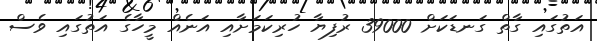
އަތުގައި ގާތް ގަނޑަކަށް 39000 ރުފިޔާ ހުރިކަމަށާއި އަނެއް މީހާގެ އަތުގައި ވެސް